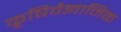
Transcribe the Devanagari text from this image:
कृषिवैज्ञानिक